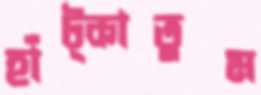
হাঁট্‌কাতুম